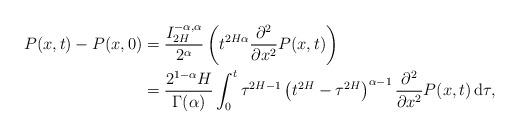
LaTeX: \begin{align*}P(x,t)-P(x,0)&= \frac{I_{2H}^{-\alpha, \alpha}}{2^{\alpha}}\left(t^{2H\alpha}\frac{\partial^2}{\partial x^2}P(x,t)\right)\\ &= \frac{2^{1-\alpha}H}{\Gamma(\alpha)}\int_0^t \tau^{2H-1}\left(t^{2H}-\tau^{2H}\right)^{\alpha-1}\frac{\partial^2}{\partial x^2}P(x,t)\,\mathrm{d}\tau,\end{align*}